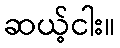
ဆယ့်ငါး။